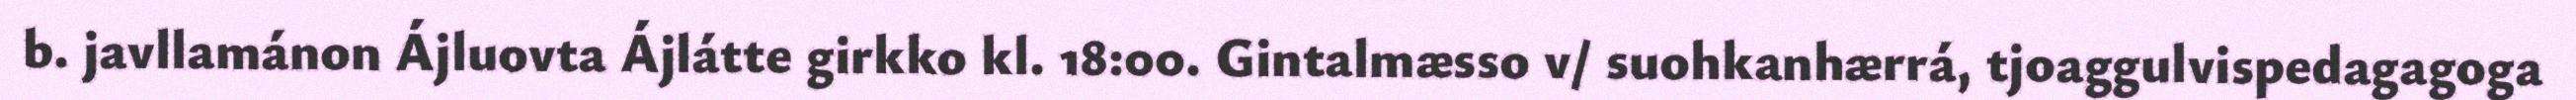
b. javllamánon Ájluovta Ájlátte girkko kl. 18:00. Gintalmæsso v/ suohkanhærrá, tjoaggulvispedagagoga